Vaccine operations Central Provinces 1886-1899 - 1886-1899
Year: 1886
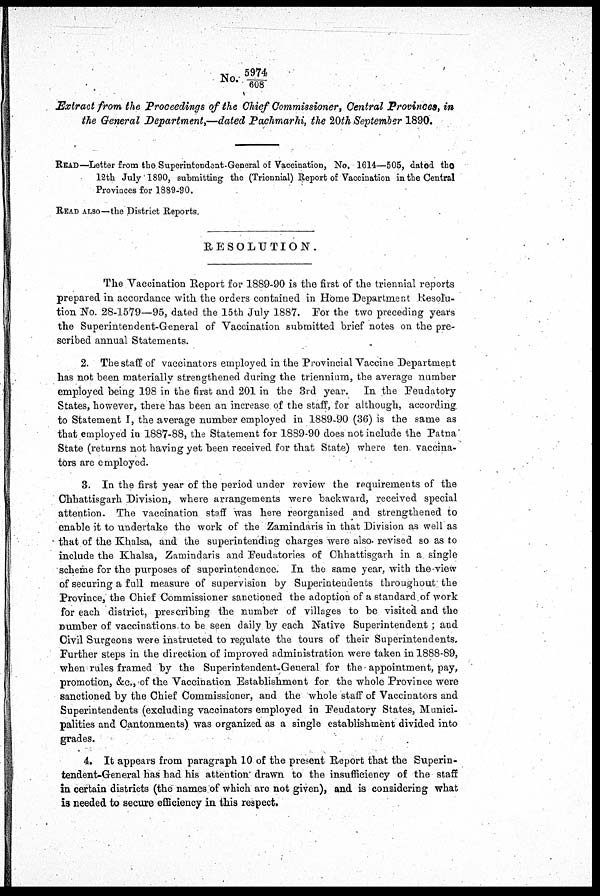
No. 5974/ 608
Extract from the Proceedings of the Chief Commissioner, Central Provinces, in
the General Department,—dated Pachmarhi, the 20th September 1890.
READ—Letter from the Superintendent-General of Vaccination, No. 1614—505, dated the
12th July 1890, submitting the (Triennial) Report of Vaccination in the Central
Provinces for 1889-90.
READ ALSO—the District Reports.
RESOLUTION.
The Vaccination Report for 1889-90 is the first of the triennial reports
prepared in accordance with the orders contained in Home Department Resolu-
tion No. 28-1579—95, dated the 15th July 1887. For the two preceding years
the Superintendent-General of Vaccination submitted brief notes on the pre-
scribed annual Statements.
2. The staff of vaccinators employed in the Provincial Vaccine Department
has not been materially strengthened during the triennium, the average number
employed being 198 in the first and 201 in the 3rd year. In the Feudatory
States, however, there has been an increase of the staff, for although, according
to Statement I, the average number employed in 1889-90 (36) is the same as
that employed in 1887-88, the Statement for 1889-90 does not include the Patna
State (returns not having yet been received for that State) where ten vaccina-
tors are employed.
3. In the first year of the period under review the requirements of the
Chhattisgarh Division, where arrangements were backward, received special
attention. The vaccination staff was here reorganised and strengthened to
enable it to undertake the work of the Zamindaris in that Division as well as
that of the Khalsa, and the superintending charges were also revised so as to
include the Khalsa, Zamindaris and Feudatories of Chhattisgarh in a single
scheme for the purposes of superintendence. In the same year, with the view
of securing a full measure of supervision by Superintendents throughout the
Province, the Chief Commissioner sanctioned the adoption of a standard of work
for each district, prescribing the number of villages to be visited and the
number of vaccinations to be seen daily by each Native Superintendent; and
Civil Surgeons were instructed to regulate the tours of their Superintendents.
Further steps in the direction of improved administration were taken in 1888-89,
when rules framed by the Superintendent-General for the appointment, pay,
promotion, &c., of the Vaccination Establishment for the whole Province were
sanctioned by the Chief Commissioner, and the whole staff of Vaccinators and
Superintendents (excluding vaccinators employed in Feudatory States, Munici-
palities and Cantonments) was organized as a single establishment divided into
grades.
4. It appears from paragraph 10 of the present Report that the Superin-
tendent-General has had his attention drawn to the insufficiency of the staff
in certain districts (the names of which are not given), and is considering what
is needed to secure efficiency in this respect.